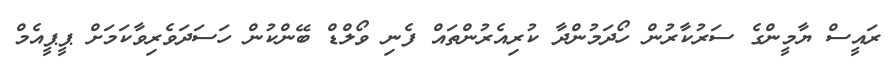
ރައީސް ޔާމީންގެ ސަރުކާރުން ހޯދަމުންދާ ކުރިއެރުންތައް ފެނި ވޯލްޑް ބޭންކުން ހަސަދަވެރިވާކަމަށް ޕީޕީއެމް